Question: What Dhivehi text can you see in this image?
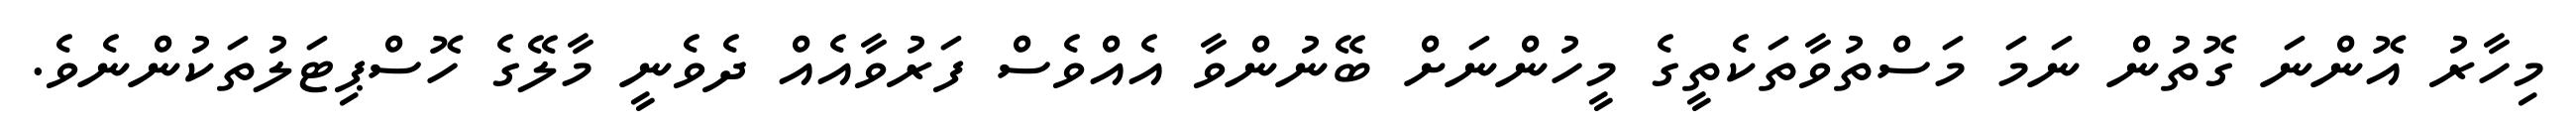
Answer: މިހާރު އޮންނަ ގޮތުން ނަމަ މަސްތުވާތަކެތީގެ މީހުންނަށް ބޭނުންވާ އެއްވެސް ފަރުވާއެއް ދެވެނީ މާލޭގެ ހޮސްޕިޓަލުތަކުންނެވެ.